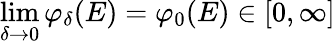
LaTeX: \operatorname*{lim}_{\delta\rightarrow 0}\varphi_{\delta}(E)=\varphi_{0}(E)\in[0,\infty]